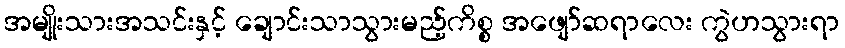
အမျိုးသားအသင်းနှင့် ချောင်းသာသွားမည့်ကိစ္စ အဖျော်ဆရာလေး ကွဲဟသွားရာ